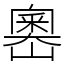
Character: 嶴